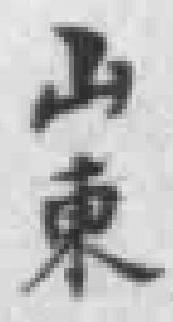
山東